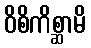
ဝိစိကိစ္ဆာမိ